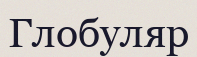
Глобуляр